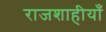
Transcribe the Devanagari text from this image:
राजशाहीयाँ